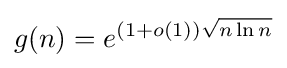
g(n)=e^{(1+o(1)){\sqrt {n\ln n}}}